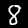
Digit: 8